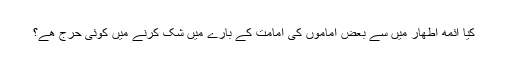
﻿ کیا ائمه اطھار میں سے بعض اماموں کی امامت کے بارے میں شک کرنے میں کوئی حرج ھے؟